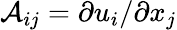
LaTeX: \mathcal{A}_{ij}=\partial u_{i}/\partial x_{j}